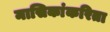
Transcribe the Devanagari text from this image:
मासिकांकरिता